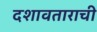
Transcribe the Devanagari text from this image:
दशावताराची